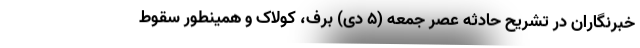
خبرنگاران در تشریح حادثه عصر جمعه (۵ دی) برف، کولاک و همینطور سقوط